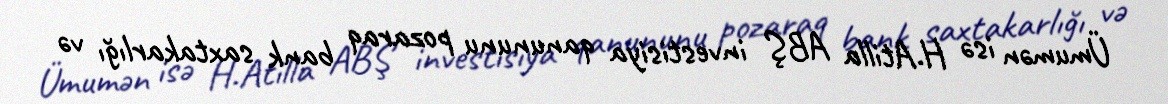
Ümumən isə H.Atilla ABŞ investisiya qanununu pozaraq bank saxtakarlığı və